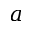
a